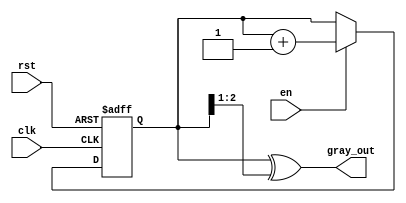
module gray_code_counter (
    input wire clk,          // Clock signal
    input wire rst,          // Asynchronous reset
    input wire en,           // Enable signal
    output reg [2:0] gray_out // 3-bit Gray code output
);

    reg [2:0] binary_count; // Internal binary counter

    // Gray code conversion function
    function [2:0] binary_to_gray;
        input [2:0] binary;
        begin
            binary_to_gray = binary ^ (binary >> 1);
        end
    endfunction

    // Sequential logic for the counter
    always @(posedge clk or posedge rst) begin
        if (rst) begin
            binary_count <= 3'b000; // Reset binary count to 0
        end else if (en) begin
            binary_count <= binary_count + 1; // Increment binary count
        end
    end

    // Combinational logic to convert binary to Gray code
    always @(*) begin
        gray_out = binary_to_gray(binary_count); // Update Gray code output
    end

endmodule